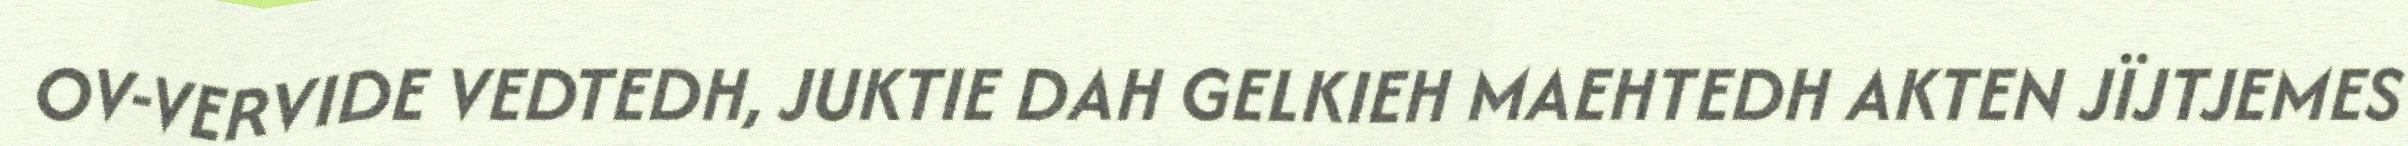
OV-VERVIDE VEDTEDH, JUKTIE DAH GELKIEH MAEHTEDH AKTEN JÏJTJEMES